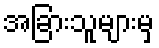
အခြားသူများမှ